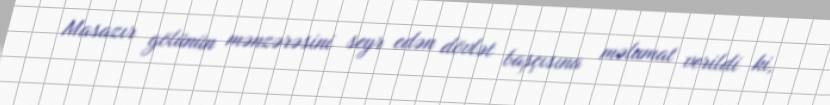
Masazır gölünün mənzərəsini seyr edən dövlət başçısına məlumat verildi ki,